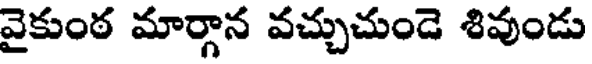
వైకుంఠ మార్గాన వచ్చుచుండె శివుండు